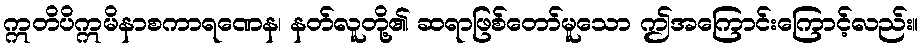
ဣတိပိဣမိနာစကာရဏေန၊ နတ်လူတို့၏ ဆရာဖြစ်တော်မူသော ဤအကြောင်းကြောင့်လည်း။